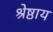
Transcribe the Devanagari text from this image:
श्रेष्ठाय